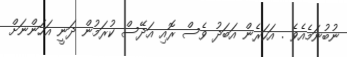
ނުބުނަމެއެވެ . އަހަރެން އަބަދު ވެސް ރޮއި އަދޭސް ކުރަމުން ދަނީ އަހަންނަށް